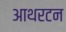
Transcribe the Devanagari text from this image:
आथरटन